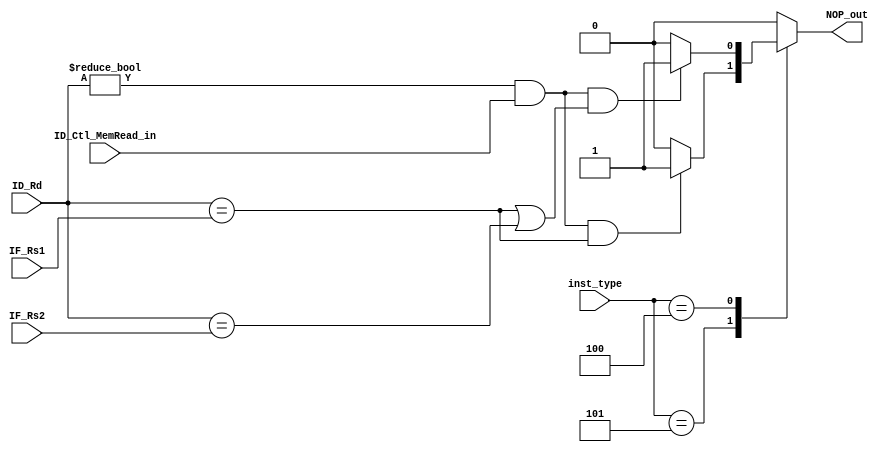
`timescale 1ns / 1ps

/*opcode

JAL     5'b11011      // jal   rd,imm[xxxxx]
JALR    5'b11001      // jalr  rd,rs1,imm[11:0]
BCC     5'b11000      // bcc   rs1,rs2,imm[12:1]
LCC     5'b00000      // lxx   rd,rs1,imm[11:0]
SCC     5'b01000      // sxx   rs1,rs2,imm[11:0]
MCC     5'b00100      // xxxi  rd,rs1,imm[11:0]
RCC     5'b01100      // xxx   rd,rs1,rs2


jal reg  
opcode[4], opcode[1:0]  .
*/


//   ld branch   hazard . 1 NOP.
//20ns      EXE MEM LoadData    .
//    B-RAM   ALUresult   .
// B-RAM  read    .
//    . B-RAM   .
// clock         .
//IF stage  (I-MEM read  )  unit IF .
// PC  .
module Hazard_detection_unit(
	input ID_Ctl_MemRead_in,	//load 
	input [4:0] ID_Rd, IF_Rs1, IF_Rs2,
	input [2:0] inst_type,
	output reg NOP_out
    );
	 
	always @(*) begin
		case(inst_type)
			//JAL
			3'b111: NOP_out = 1'b0;
			//JALR
			3'b101: NOP_out = (ID_Rd!=5'b0 && ID_Ctl_MemRead_in && ID_Rd==IF_Rs1) ? 1'b1 : 1'b0;
			//BCC
			3'b100: NOP_out = (ID_Rd!=5'b0 && ID_Ctl_MemRead_in && (ID_Rd==IF_Rs1 || ID_Rd==IF_Rs2) ) ? 1'b1 : 1'b0;
			default: NOP_out = 1'b0;
		endcase
	
	end
	 



endmodule